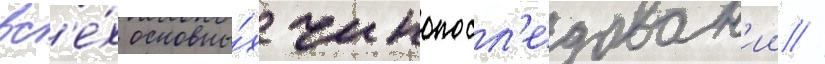
вс'е́х основны́х чинопосл'едован'ии //